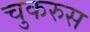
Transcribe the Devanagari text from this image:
चुकरुस